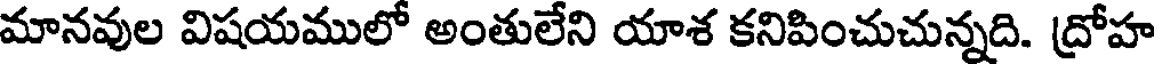
మానవుల విషయములో అంతులేని యాశ కనిపించుచున్నది. ద్రోహ